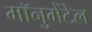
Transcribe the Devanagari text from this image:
मॉनुमेंटेल